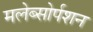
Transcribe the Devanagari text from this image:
मलेब्सोर्पशन